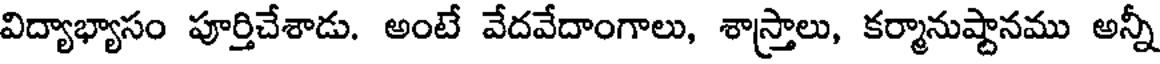
విద్యాభ్యాసం పూర్తిచేశాడు. అంటే వేదవేదాంగాలు, శాస్త్రాలు, కర్మానుష్టానము అన్నీ